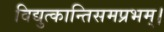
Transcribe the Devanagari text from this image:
विद्युत्कान्तिसमप्रभम्।